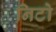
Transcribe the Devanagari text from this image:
निटो